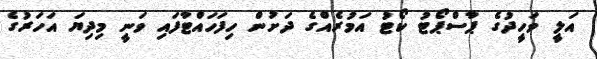
އަލީ ވަހީދުގެ ޕާސްޕޯޓު ކޯޓު އަމުރެއްގެ ދަށުން ހިފަހައްޓާފައި ވަނީ މިދިޔަ އަހަރުގެ